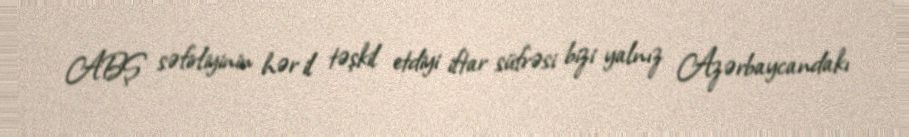
ABŞ səfirliyinin hər il təşkil etdiyi iftar süfrəsi bizi yalnız Azərbaycandakı